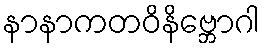
နာနာကတဝိနိဗ္ဘောဂါ